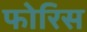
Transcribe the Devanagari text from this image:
फोरिस